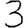
Digit: 3